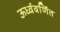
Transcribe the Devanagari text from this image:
ऊर्ध्ववर्णित